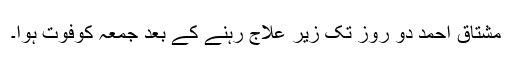
مشتاق احمد دو روز تک زیر علاج رہنے کے بعد جمعہ کوفوت ہوا۔